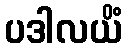
ပဒါလယိံ